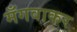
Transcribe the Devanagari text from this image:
मँगवाकर